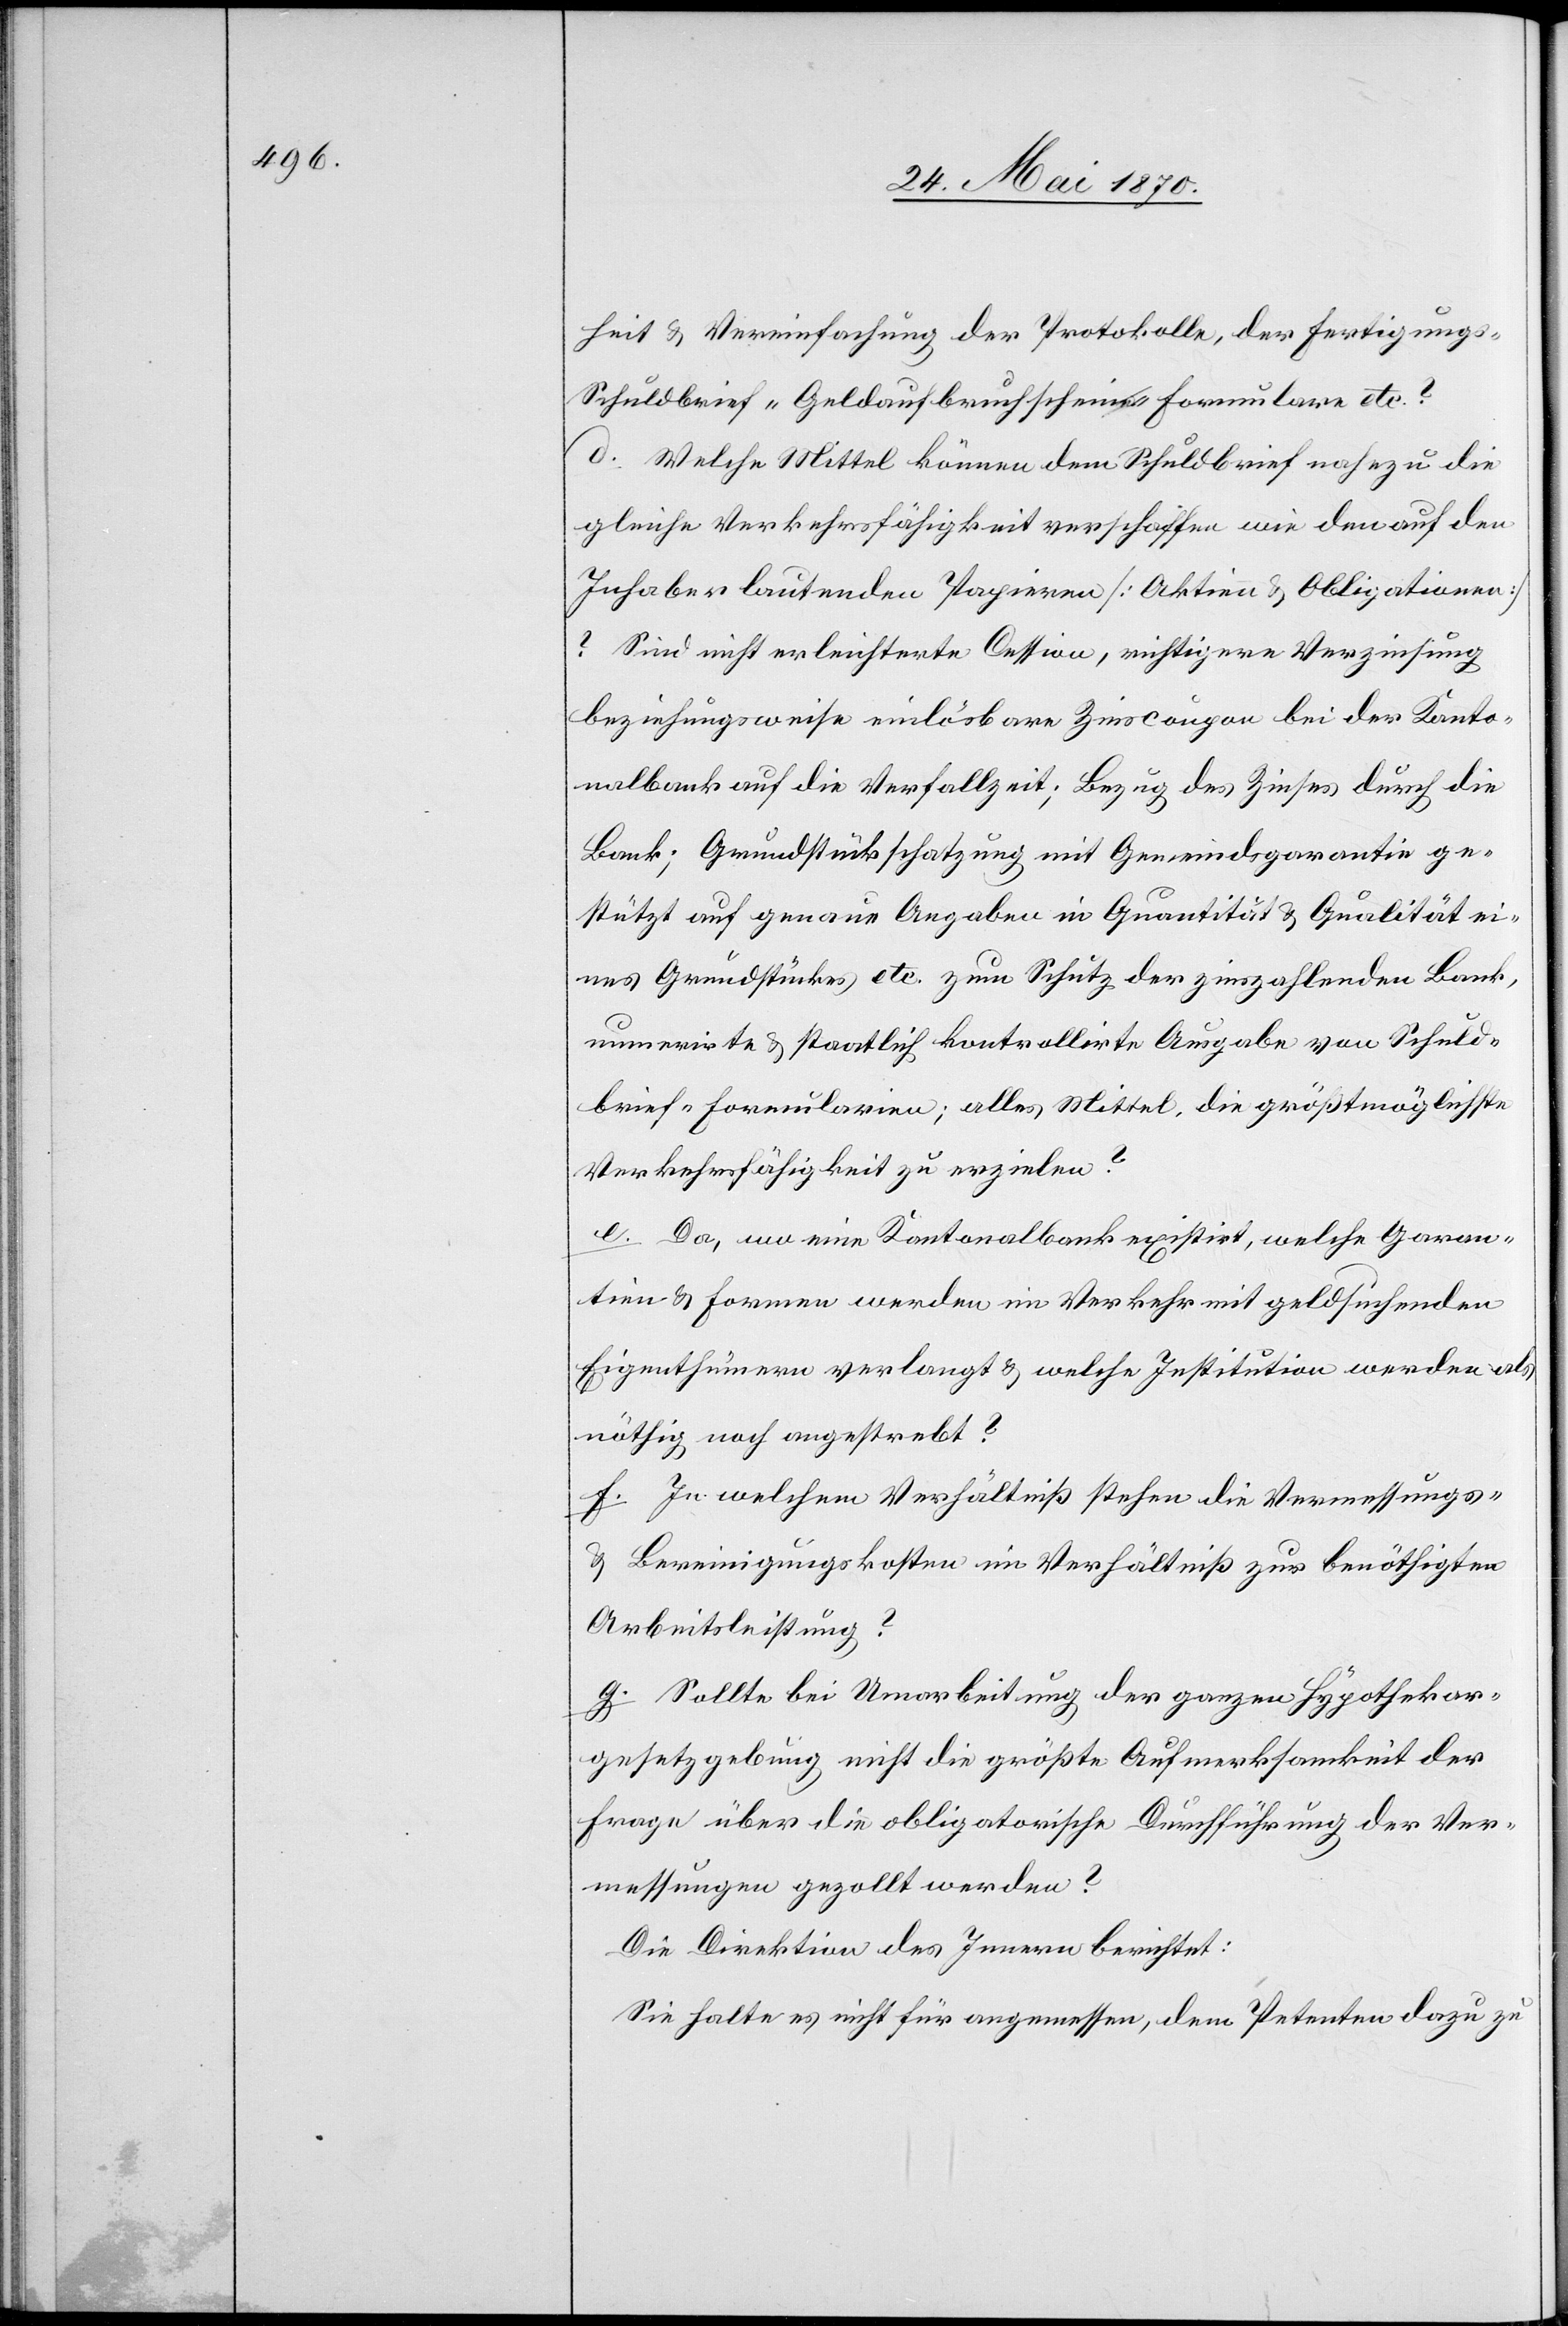
heit & Vereinfachung der Protokolle, der Fertigungs-[,]
Schuldbrief-[,] Geldaufbruchscheina-e-a-Formulare etc?
d. Welche Mittel können dem Schuldbrief nahezu die
gleiche Verkehrsfähigkeit verschaffen wie den auf den
Inhaber lautenden Papieren [Aktien & Obligationen]?
Sind nicht erleichterte Cession, richtigere Verzinsung
beziehungsweise einlösbare Zinscoupon bei der Kanto¬
nalbank auf die Verfallzeit; Bezug des Zinses durch die
Bank; Grundstückschatzung mit Gemeindsgarantie ge¬
stützt auf genaue Angaben in Quantität & Qualität ei¬
nes Grundstückes etc. zum Schutz der zinszahlenden Bank,
numerirte & staatlich kontrollirte Ausgabe von Schul¬
brief-Formularien; alles Mittel, die größtmöglichste
Verkehrsfähigkeit zu erzielen?
e. Da, wo eine Kantonalbank existirt, welche Garan¬
tien & Formen werden im Verkehr mit geldsuchenden
Eigenthümern verlangt & welche Institution werden als
nöthig noch angestrebt?
f. In welchem Verhältniß stehen die Vermessungs-
& Bereinigungskosten im Verhältniß zur benöthigten
Arbeitsleistung?
g. Sollte bei Umarbeitung der ganzen Hypothekar¬
gesetzgebung nicht die größte Aufmerksamkeit der
Frage über die obligatorische Durchführung der Ver¬
messungen gezollt werden?
Die Direktion des Innern berichtet:
Sie halte es nicht für angemessen, dem Petenten dazu zu